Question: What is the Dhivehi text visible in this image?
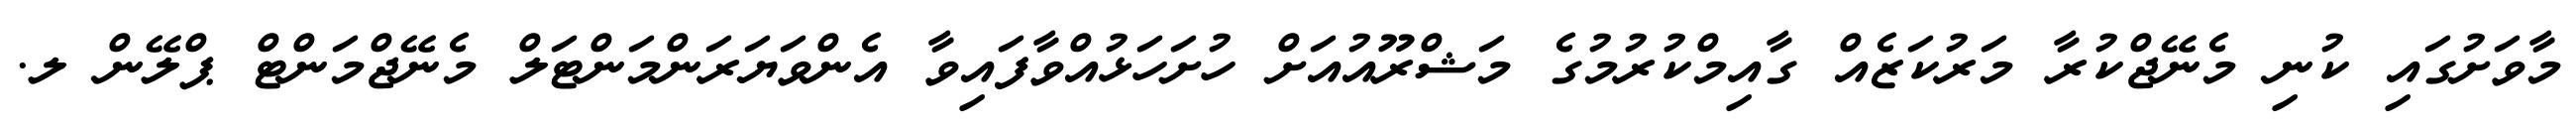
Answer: މާވަށުގައި ކުނި މެނޭޖްކުރާ މަރުކަޒެއް ގާއިމްކުރުމުގެ މަޝްރޫއުއަށް ހުށަހަޅުއްވާފައިވާ އެންވަޔަރަންމަންޓަލް މެނޭޖްމަންޓް ޕްލޭން ލ.